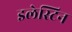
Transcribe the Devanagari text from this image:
इलेस्टिन